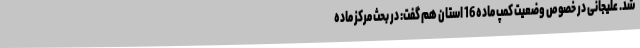
شد. علیجانی در خصوص وضعیت کمپ ماده 16 استان هم گفت: در بحث مرکز ماده